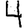
Digit: 4